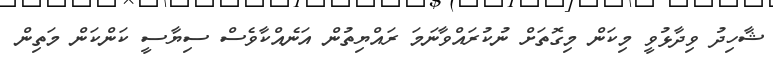
ޝާހިދު ވިދާޅުވީ މިކަން މިގޮތަށް ނުކުރައްވާނަމަ ރައްޔިތުން އަނެއްކާވެސް ސިޔާސީ ކަންކަން މަތިން